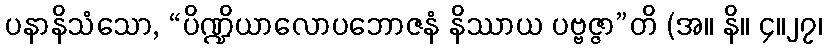
ပနာနိသံသော, “ပိဏ္ဍိယာလောပဘောဇနံ နိဿာယ ပဗ္ဗဇ္ဇာ”တိ (အ။ နိ။ ၄။၂၇၊